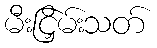
မီးငြှိမ်းသတ်